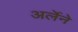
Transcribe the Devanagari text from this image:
अर्लेने